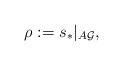
LaTeX: \begin{align*}\rho:=s_{\ast}|_{A\mathcal{G}},\end{align*}